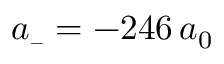
a _ { \scriptscriptstyle - } = - 2 4 6 \, a _ { 0 }